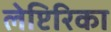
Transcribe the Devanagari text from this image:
लेप्टिरिका